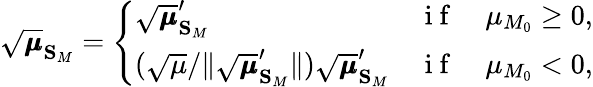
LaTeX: \sqrt{\pmb{\mu}}_{\mathbf{S}_{M}}=\left\{ \begin{array}{ll}{\sqrt{\pmb{\mu}}_{\mathbf{S}_{M}}^{\prime}}&{\mathrm{~i~f~}\quad\mu_{M_{0}}\geq 0,}\\ {(\sqrt{\mu}/\lVert\sqrt{\pmb{\mu}}_{\mathbf{S}_{M}}^{\prime}\rVert)\sqrt{\pmb{\mu}}_{\mathbf{S}_{M}}^{\prime}}&{\mathrm{~i~f~}\quad\mu_{M_{0}}<0,}\end{array}\right.